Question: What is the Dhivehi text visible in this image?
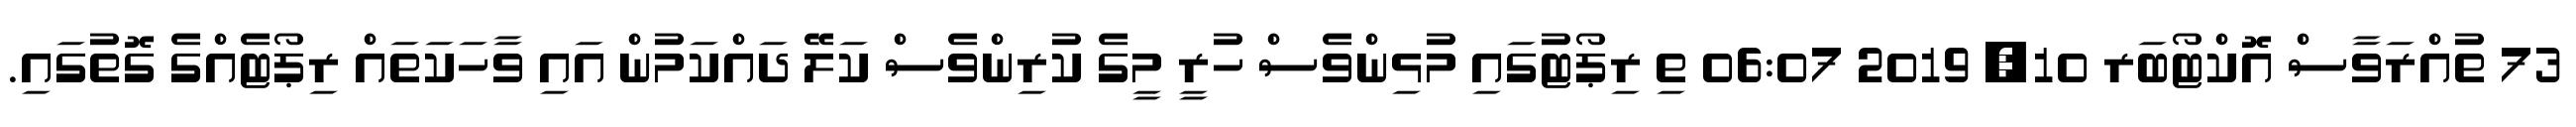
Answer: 73 ތުއްރަވާސް އޮކްޓޯބަރ 10, 2019 06:07 ތި ރިޕޯޓުގައި މުޅިންވެސް ހުރީ މީގެ ކުރިންވެސް ކަލޭ ދައްކަމުން އައި ވާހަކަތައް ރިޕޯޓެއްގެ ގޮތުގައި.